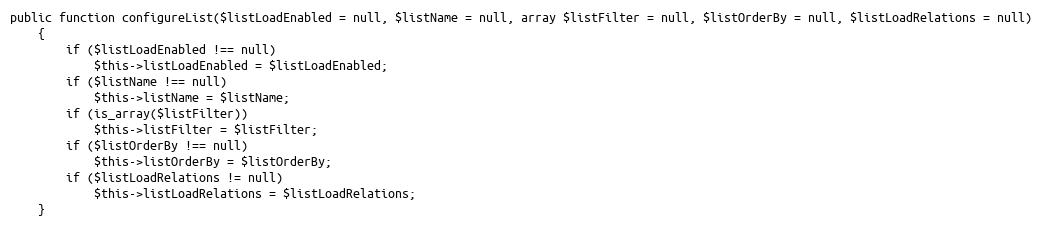
Language: PHP
public function configureList($listLoadEnabled = null, $listName = null, array $listFilter = null, $listOrderBy = null, $listLoadRelations = null)
    {
        if ($listLoadEnabled !== null)
            $this->listLoadEnabled = $listLoadEnabled;
        if ($listName !== null)
            $this->listName = $listName;
        if (is_array($listFilter))
            $this->listFilter = $listFilter;
        if ($listOrderBy !== null)
            $this->listOrderBy = $listOrderBy;
        if ($listLoadRelations != null)
            $this->listLoadRelations = $listLoadRelations;
    }